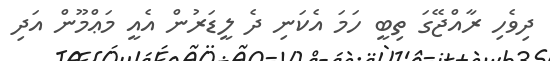
ދިވެހި ރާއްޖޭގަ ތިބީ ހަމަ އެކަނި ދެ ލީޑަރުން އެއީ މަޢްމޫން އަދި